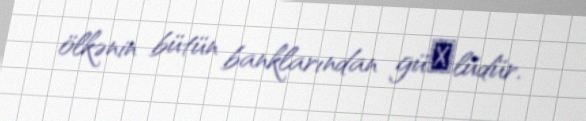
ölkənin bütün banklarından güсlüdür.